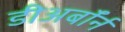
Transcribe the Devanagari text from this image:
डीअर्बॉर्न